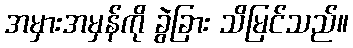
အမှားအမှန်ကို ခွဲခြား သိမြင်သည်။